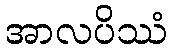
အာလပိဿံ